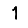
Digit: 1